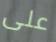
على